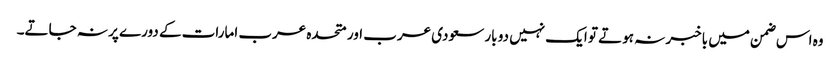
وہ اس ضمن میں باخبر نہ ہوتے تو ایک نہیں دو بار سعودی عرب اور متحدہ عرب امارات کے دورے پر نہ جاتے۔